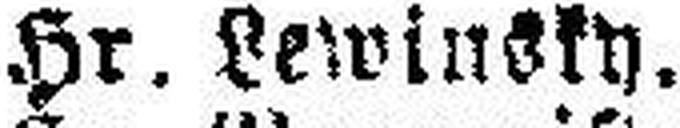
Hr. Lewinsky.